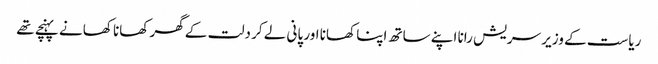
ریاست کے وزیر سریش رانا اپنے ساتھ اپنا کھانا اور پانی لے کر دلت کے گھر کھانا کھانے پہنچے تھے